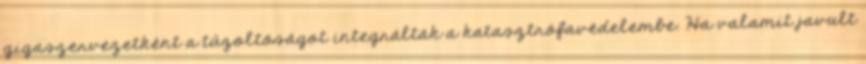
gigaszervezetként a tűzoltóságot integrálták a katasztrófavédelembe. Ha valamit javult